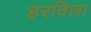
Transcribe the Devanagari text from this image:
हरविला